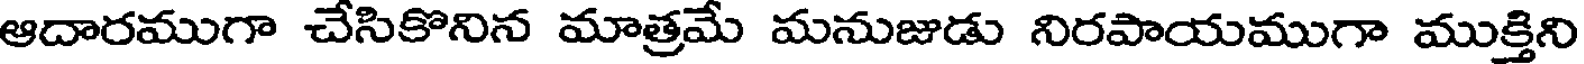
ఆదారముగా చేసికొనిన మాత్రమే మనుజుడు నిరపాయముగా ముక్తిని